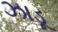
ઝાડૂ